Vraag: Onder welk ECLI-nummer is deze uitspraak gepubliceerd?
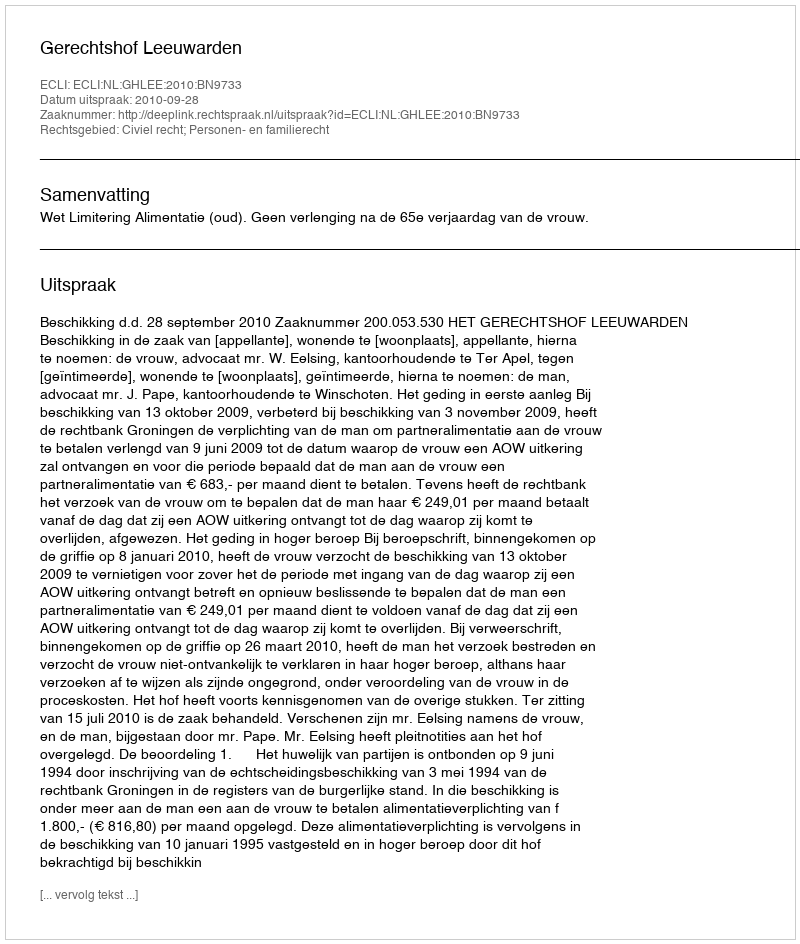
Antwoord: ECLI:NL:GHLEE:2010:BN9733